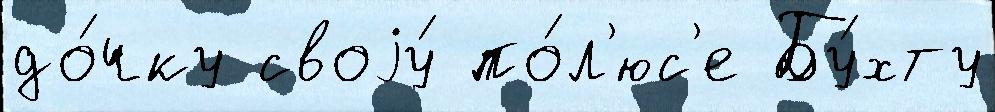
до́чку своjу́ по́л'юс'е Бу́хту